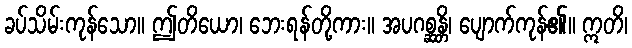
ခပ်သိမ်းကုန်သော။ ဤတိယော၊ ဘေးရန်တို့ကား။ အပဂစ္ဆန္တိ၊ ပျောက်ကုန်၏။ ဣတိ၊